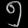
Digit: ၅